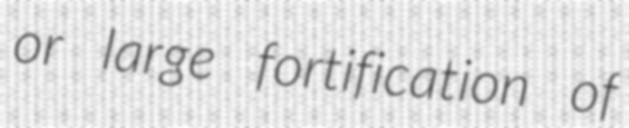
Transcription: or large fortification of